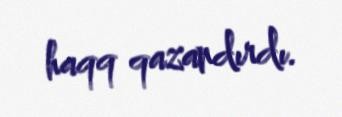
haqq qazandırdı.